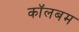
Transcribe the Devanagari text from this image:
कॉलबम